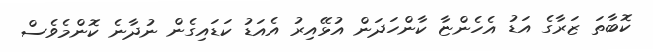
ކޮބާތަ ޒަރާގެ އަޑު އެހެންޏާ ކާންހަދަން އުޅޭއިރު އެއަޑު ކަޑައިގެން ނުދާނެ ކޮންމެވެސް